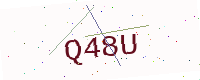
Text: Q48U